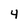
Character: 4